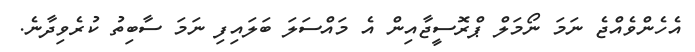
އެހެންވެއްޖެ ނަމަ ނޯމަލް ޕްރޮސީޖާއިން އެ މައްސަލަ ބަލައިފި ނަމަ ސާބިތު ކުރެވިދާނެ.